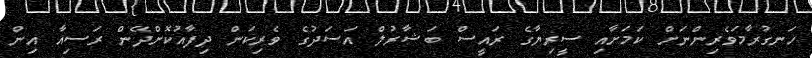
ހަނގުރާމަވެރިންނަށް ކަމަށާއި ސީރިޔާގެ ރައީސް ބަޝާރުލް އަސަދުގެ ވެރިކަން ދިފާއުކޮށްދޭން ރަސިއާ އިން